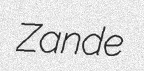
Zande